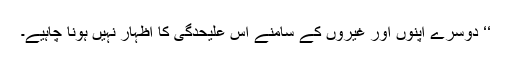
‘‘ دوسرے اپنوں اور غیروں کے سامنے اس علیحدگی کا اظہار نہیں ہونا چاہیے۔